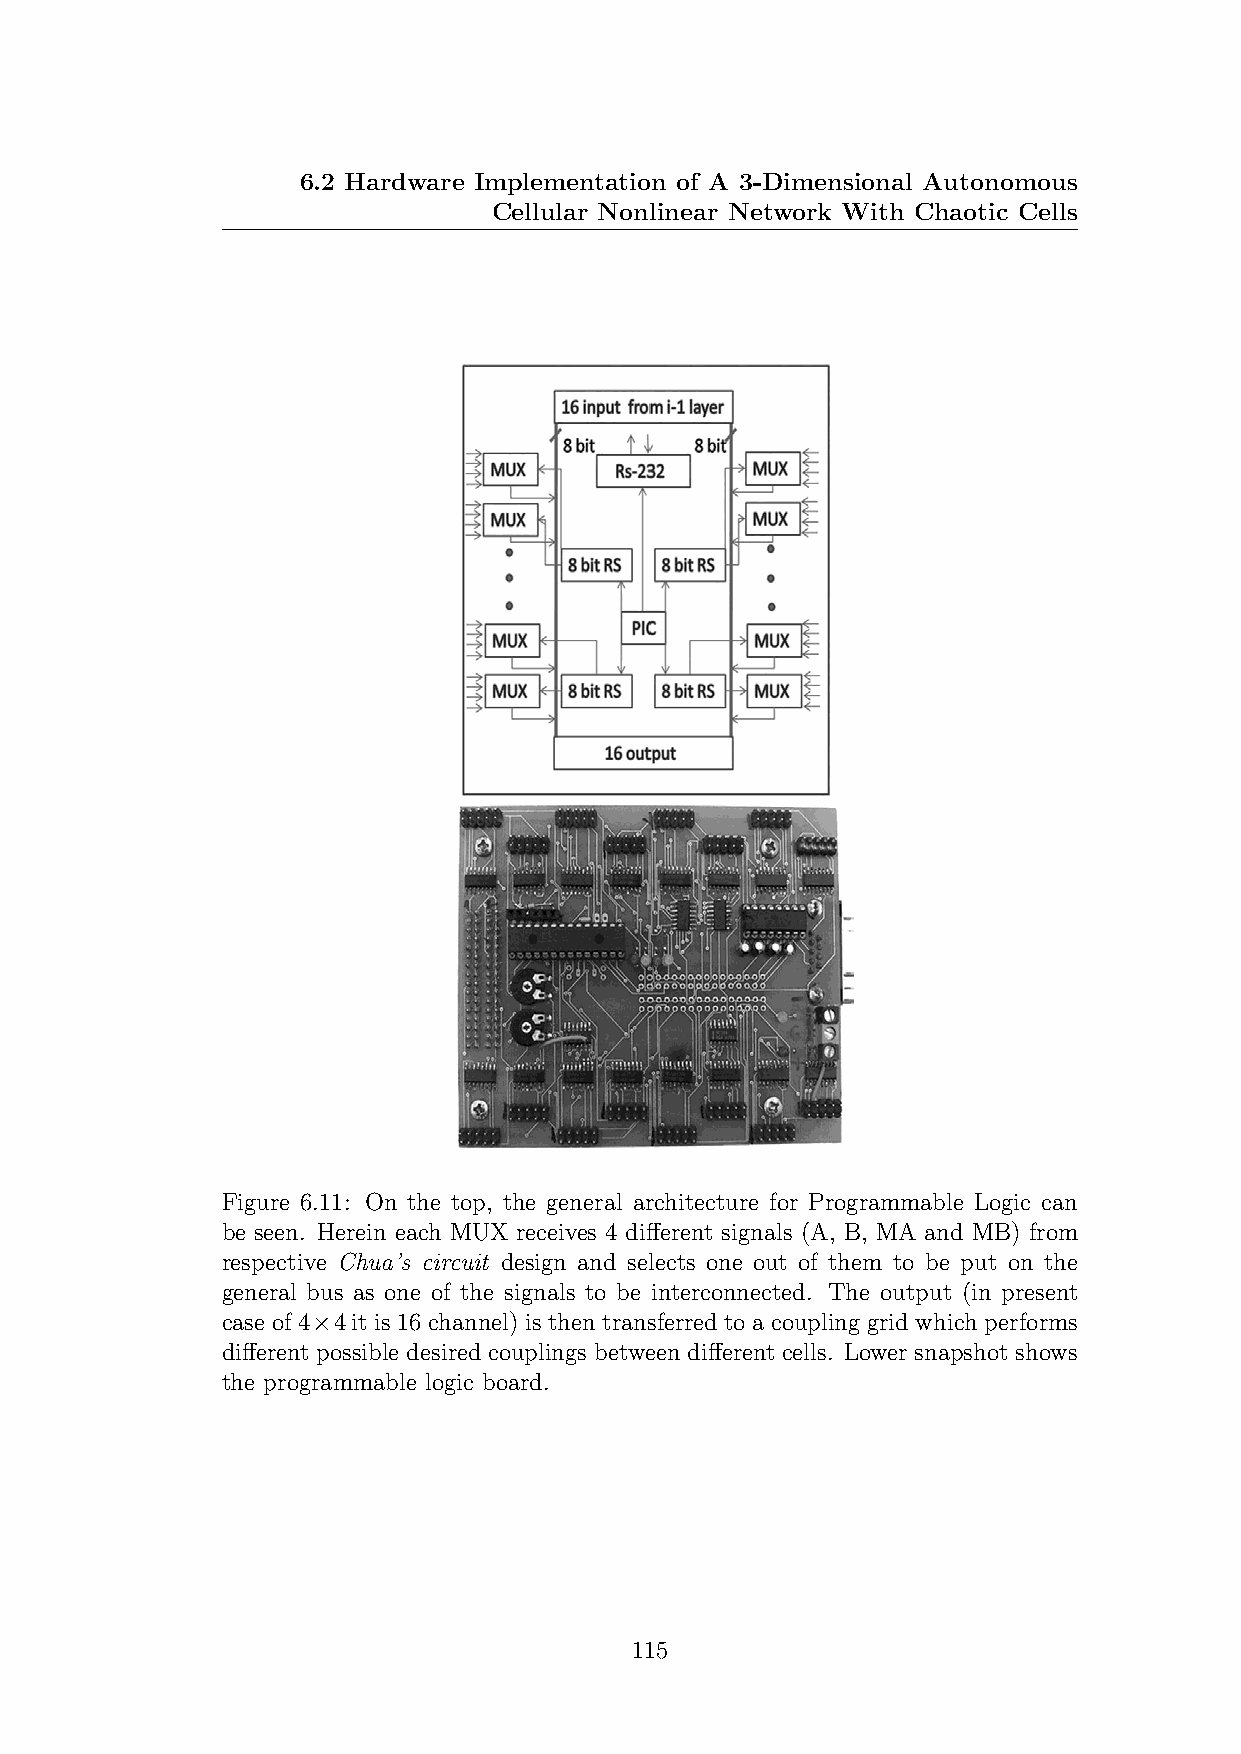
6.2 Hardware Implementation of A 3-Dimensional Autonomous
 Cellular Nonlinear Network With Chaotic Cells
 Figure 6.11: On the top, the general architecture for Programmable Logic can
 be seen. Herein each MUX receives 4 different signals (A, B, MA and MB) from
 respective Chua’s circuit design and selects one out of them to be put on the
 general bus as one of the signals to be interconnected. The output (in present
 case of 4×4 it is 16 channel) is then transferred to a coupling grid which performs
 different possible desired couplings between different cells. Lower snapshot shows
 the programmable logic board.
 115